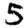
Digit: 5